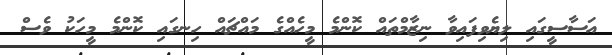
އަސާސީގައި ލިޔެވިފައިވާ ނިޒާމްތައް ކޮންމެ މީހެއްގެ މައްޗައް ހިނގައި ކޮންމެ މީހަކު ވެސް